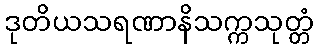
ဒုတိယသရဏာနိသက္ကသုတ္တံ